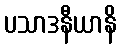
ပသာဒနီယာနိ